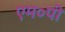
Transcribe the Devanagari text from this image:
एम०पी